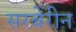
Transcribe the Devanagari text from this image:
सरबेरीन